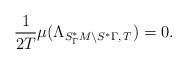
LaTeX: \begin{align*}\frac{1}{2T} \mu (\Lambda_{S^*_\Gamma M \backslash S^* \Gamma,\, T})=0.\end{align*}